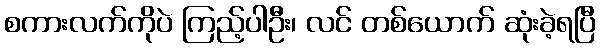
စကားလက်ကိုပဲ ကြည့်ပါဦး၊ လင် တစ်ယောက် ဆုံးခဲ့ရပြီ